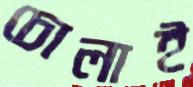
চোলাই